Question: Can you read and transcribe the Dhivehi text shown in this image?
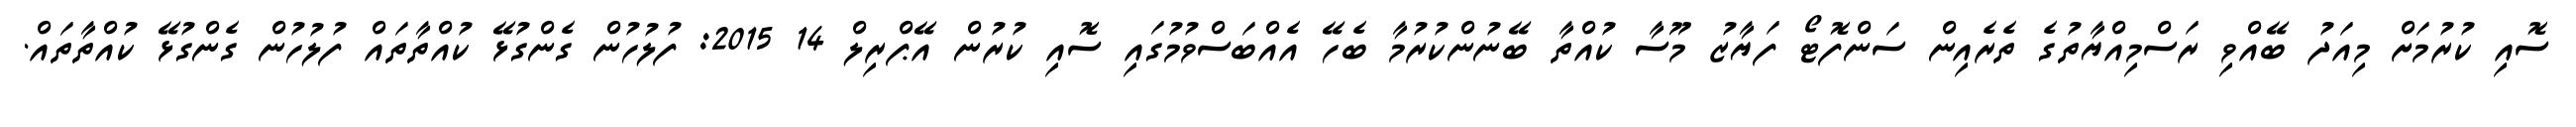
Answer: ސޮއި ކުރުމަށް މިއަދު ބޭއްވި ރަސްމިއްޔާތުގެ ތެރެއިން ސަންފޮޓޯ ފަޔާޒު މޫސާ ކުއްތާ ބޭނުންކުރުމާ ބެހޭ އެއްބަސްވުމުގައި ސޮއި ކުރުން އޭޕްރިލް 14 2015: ފުލުހުން ގެންގުޅޭ ކުއްތާތައް ފުލުހުން ގެންގުޅޭ ކުއްތާތައް.